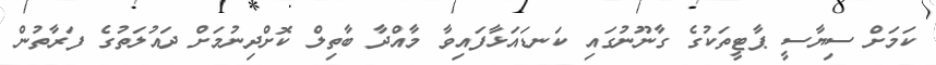
ކަމަށް ސިޔާސީ ޕާޓީތަކުގެ ގާނޫނުގައި ކަނޑައަޅާފައިވާ މާއްދާ ބާތިލް ކޮށްދިނުމަށް ދައުލަތުގެ ފަރާތުން